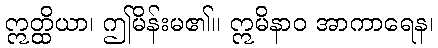
ဣတ္ထိယာ၊ ဤမိန်းမ၏။ ဣမိနာဝ အာကာရေန၊